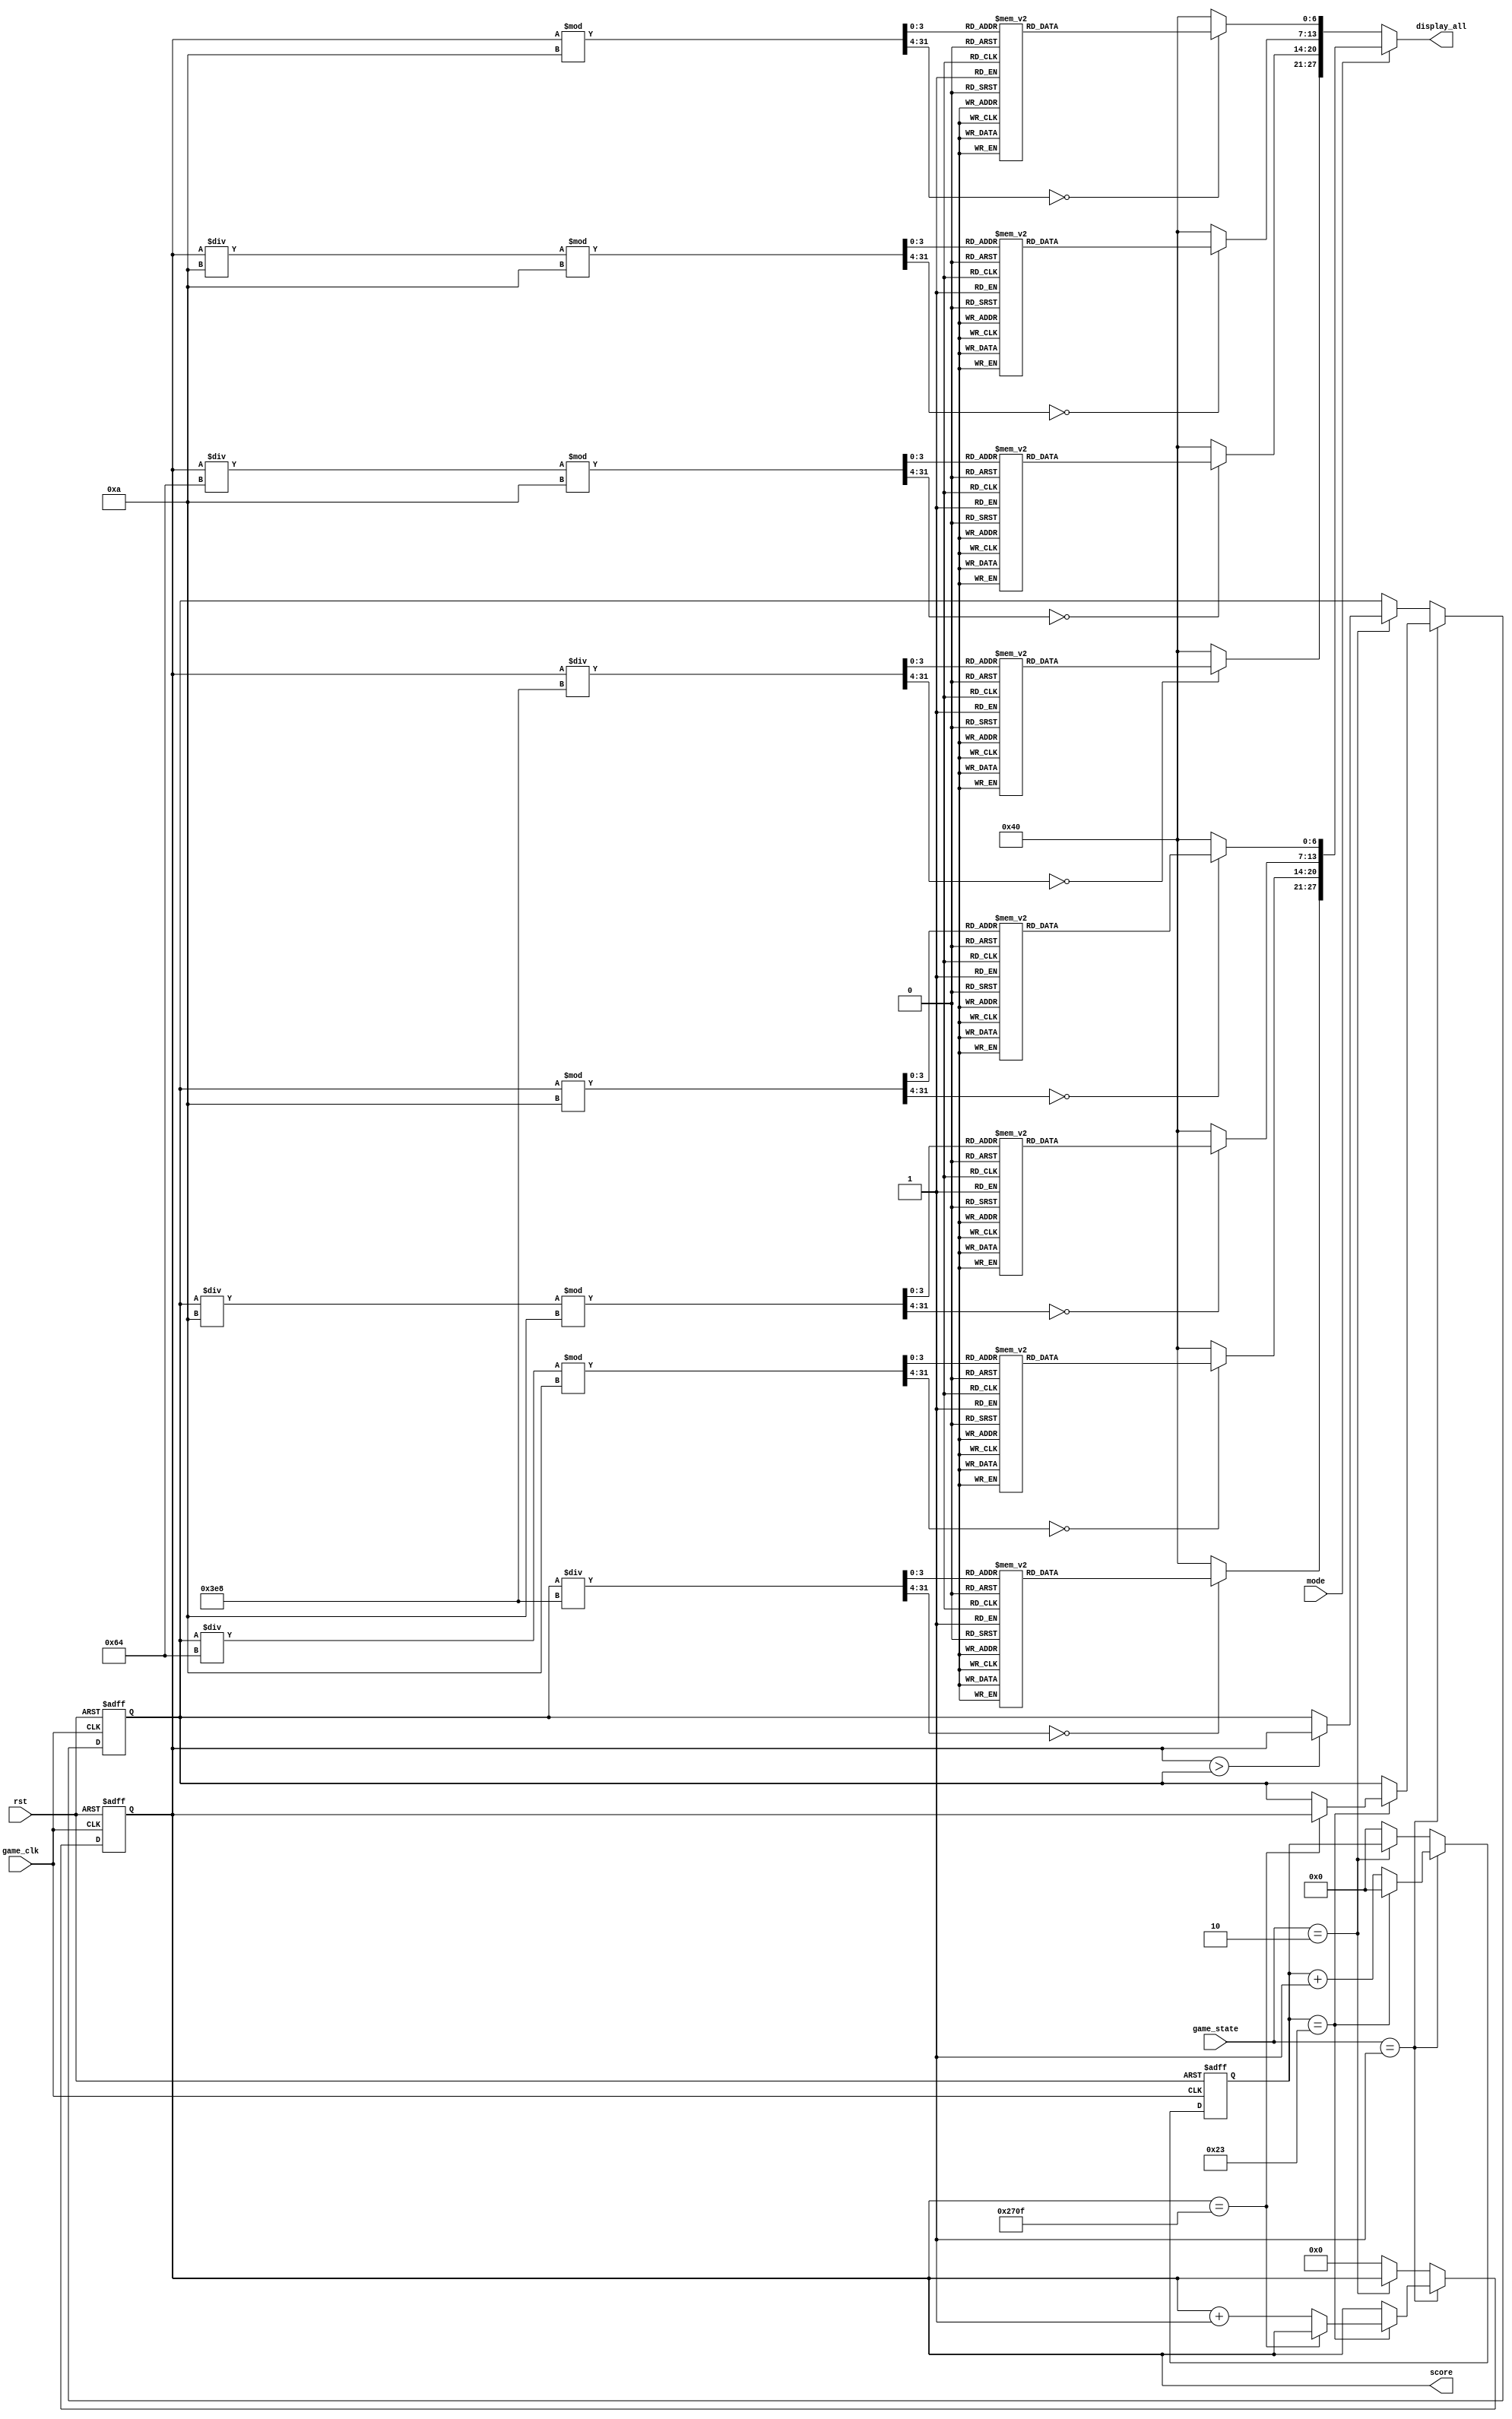
`define GAME_INIT  0
`define GAME_START 1
`define GAME_END   2
`define GAME_RESET 3

`define ZERO 7'b1000000
`define ONE 7'b1111001
`define TWO 7'b0100100
`define THREE 7'b0110000
`define FOUR 7'b0011001
`define FIVE 7'b0010010
`define SIX 7'b0000010
`define SEVEN 7'b1111000
`define EIGHT 7'b0000000
`define NINE 7'b0010000
`define NONE 7'b1111111
module ScoreCounter(
    input game_clk,
    input rst,
    input [1:0] game_state,
    input mode,
    output reg [27:0] display_all,
    output reg [13:0] score
    );
    reg [13:0] high_score;
    reg [5:0] counter;
    reg [27:0] display_score, display_high_score;
    reg [3:0] blink_counter;

    always @ (posedge game_clk or posedge rst) begin
        if (rst) begin
            score = 0;
            high_score = 0;
            counter = 0;
        end else if (game_state == `GAME_START) begin
            if (counter == 35) begin
                if (score == 9999) begin
                    high_score = score;
                end else begin
                    score = score + 1;
                end
                counter = 0;
            end else begin
                counter = counter + 1;
            end
        end else if (game_state == `GAME_END) begin
            if (score > high_score) begin
                high_score = score;
            end else begin
                high_score = high_score;
            end
        end else if (game_state == `GAME_RESET) begin
            score = 0;
            counter = 0;
        end else begin 
            score = 0;
            counter = 0;
        end
    end
    
    always @ (*) begin
        if (mode == 0) begin
            display_all = display_score;
        end else begin
            display_all = display_high_score;
        end
    end
    always @ (*) begin
        case (score/1000)
            1:display_score[27:21] = `ONE;
            2:display_score[27:21] = `TWO;
            3:display_score[27:21] = `THREE;
            4:display_score[27:21] = `FOUR;
            5:display_score[27:21] = `FIVE;
            6:display_score[27:21] = `SIX;
            7:display_score[27:21] = `SEVEN;
            8:display_score[27:21] = `EIGHT;
            9:display_score[27:21] = `NINE;
            default :display_score[27:21] = `ZERO;
        endcase
        case ((score/100) % 10)
            1:display_score[20:14] = `ONE;
            2:display_score[20:14] = `TWO;
            3:display_score[20:14] = `THREE;
            4:display_score[20:14] = `FOUR;
            5:display_score[20:14] = `FIVE;
            6:display_score[20:14] = `SIX;
            7:display_score[20:14] = `SEVEN;
            8:display_score[20:14] = `EIGHT;
            9:display_score[20:14] = `NINE;
            default :display_score[20:14] = `ZERO;
        endcase
        case ((score/10) % 10)
            1:display_score[13:7] = `ONE;
            2:display_score[13:7] = `TWO;
            3:display_score[13:7] = `THREE;
            4:display_score[13:7] = `FOUR;
            5:display_score[13:7] = `FIVE;
            6:display_score[13:7] = `SIX;
            7:display_score[13:7] = `SEVEN;
            8:display_score[13:7] = `EIGHT;
            9:display_score[13:7] = `NINE;
            default :display_score[13:7] = `ZERO;
        endcase
        case (score % 10)
            1:display_score[6:0] = `ONE;
            2:display_score[6:0] = `TWO;
            3:display_score[6:0] = `THREE;
            4:display_score[6:0] = `FOUR;
            5:display_score[6:0] = `FIVE;
            6:display_score[6:0] = `SIX;
            7:display_score[6:0] = `SEVEN;
            8:display_score[6:0] = `EIGHT;
            9:display_score[6:0] = `NINE;
            default :display_score[6:0] = `ZERO;
        endcase

        case (high_score/1000)
            1:display_high_score[27:21] = `ONE;
            2:display_high_score[27:21] = `TWO;
            3:display_high_score[27:21] = `THREE;
            4:display_high_score[27:21] = `FOUR;
            5:display_high_score[27:21] = `FIVE;
            6:display_high_score[27:21] = `SIX;
            7:display_high_score[27:21] = `SEVEN;
            8:display_high_score[27:21] = `EIGHT;
            9:display_high_score[27:21] = `NINE;
            default :display_high_score[27:21] = `ZERO;
        endcase
        case ((high_score/100) % 10)
            1:display_high_score[20:14] = `ONE;
            2:display_high_score[20:14] = `TWO;
            3:display_high_score[20:14] = `THREE;
            4:display_high_score[20:14] = `FOUR;
            5:display_high_score[20:14] = `FIVE;
            6:display_high_score[20:14] = `SIX;
            7:display_high_score[20:14] = `SEVEN;
            8:display_high_score[20:14] = `EIGHT;
            9:display_high_score[20:14] = `NINE;
            default :display_high_score[20:14] = `ZERO;
        endcase
        case ((high_score/10) % 10)
            1:display_high_score[13:7] = `ONE;
            2:display_high_score[13:7] = `TWO;
            3:display_high_score[13:7] = `THREE;
            4:display_high_score[13:7] = `FOUR;
            5:display_high_score[13:7] = `FIVE;
            6:display_high_score[13:7] = `SIX;
            7:display_high_score[13:7] = `SEVEN;
            8:display_high_score[13:7] = `EIGHT;
            9:display_high_score[13:7] = `NINE;
            default :display_high_score[13:7] = `ZERO;
        endcase
        case (high_score % 10)
            1:display_high_score[6:0] = `ONE;
            2:display_high_score[6:0] = `TWO;
            3:display_high_score[6:0] = `THREE;
            4:display_high_score[6:0] = `FOUR;
            5:display_high_score[6:0] = `FIVE;
            6:display_high_score[6:0] = `SIX;
            7:display_high_score[6:0] = `SEVEN;
            8:display_high_score[6:0] = `EIGHT;
            9:display_high_score[6:0] = `NINE;
            default :display_high_score[6:0] = `ZERO;
        endcase

    end
endmodule // ScoreCounter